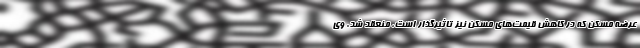
عرضه مسکن که در کاهش قیمت‌های مسکن نیز تاثیرگذار است، منعقد شد. وی